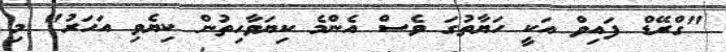
"ގްރޭޑް ފައިވް އަކީ ހަޔާތުގަ ވެސް އެންމެ ކިޔަވާހިތުން ކިޔެވި އަހަރު" މި